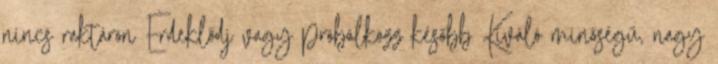
nincs raktáron Érdeklődj vagy próbálkozz később Kiváló minőségű, nagy